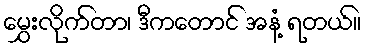
မွှေးလိုက်တာ၊ ဒီကတောင် အနံ့ ရတယ်။